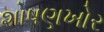
શોષણખોર